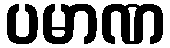
ပမာဏ